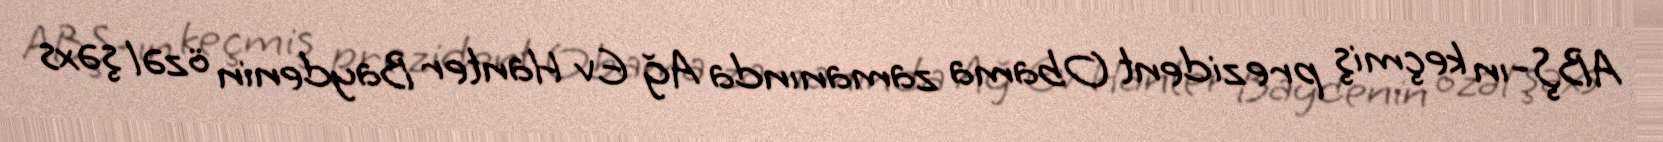
ABŞ-ın keçmiş prezident Obama zamanında Ağ Ev Hanter Baydenin özəl şəxs